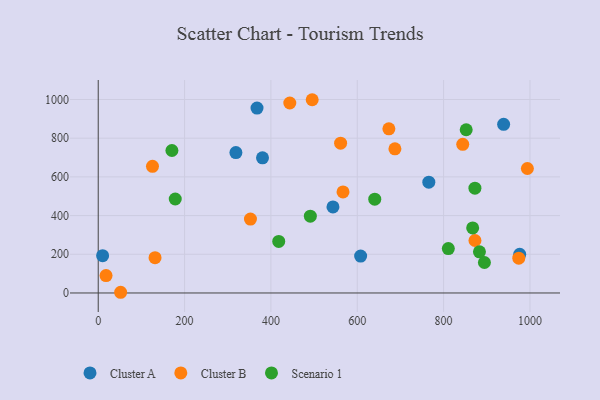
{"axis": {"x": "Investment", "y": "Salary"}, "legend": ["Cluster A", "Cluster B", "Scenario 1"], "data": [{"x": "939.0", "y": 871.9, "type": "Cluster A"}, {"x": "380.5", "y": 698.6, "type": "Cluster A"}, {"x": "367.8", "y": 955.7, "type": "Cluster A"}, {"x": "10.2", "y": 192.9, "type": "Cluster A"}, {"x": "765.7", "y": 572.8, "type": "Cluster A"}, {"x": "318.9", "y": 725.9, "type": "Cluster A"}, {"x": "607.8", "y": 190.6, "type": "Cluster A"}, {"x": "976.2", "y": 199.9, "type": "Cluster A"}, {"x": "543.7", "y": 444.7, "type": "Cluster A"}, {"x": "18.1", "y": 90.1, "type": "Cluster B"}, {"x": "844.3", "y": 768.5, "type": "Cluster B"}, {"x": "994.0", "y": 643.4, "type": "Cluster B"}, {"x": "673.2", "y": 848.4, "type": "Cluster B"}, {"x": "352.6", "y": 382.0, "type": "Cluster B"}, {"x": "125.7", "y": 654.8, "type": "Cluster B"}, {"x": "974.1", "y": 180.0, "type": "Cluster B"}, {"x": "687.2", "y": 744.8, "type": "Cluster B"}, {"x": "51.9", "y": 3.6, "type": "Cluster B"}, {"x": "443.7", "y": 982.0, "type": "Cluster B"}, {"x": "872.6", "y": 271.2, "type": "Cluster B"}, {"x": "567.0", "y": 522.5, "type": "Cluster B"}, {"x": "495.6", "y": 998.8, "type": "Cluster B"}, {"x": "131.6", "y": 182.5, "type": "Cluster B"}, {"x": "561.4", "y": 774.3, "type": "Cluster B"}, {"x": "867.3", "y": 336.1, "type": "Scenario 1"}, {"x": "491.3", "y": 397.1, "type": "Scenario 1"}, {"x": "852.3", "y": 843.5, "type": "Scenario 1"}, {"x": "418.1", "y": 266.4, "type": "Scenario 1"}, {"x": "640.5", "y": 484.9, "type": "Scenario 1"}, {"x": "883.0", "y": 212.8, "type": "Scenario 1"}, {"x": "872.5", "y": 541.8, "type": "Scenario 1"}, {"x": "894.5", "y": 157.6, "type": "Scenario 1"}, {"x": "178.4", "y": 485.8, "type": "Scenario 1"}, {"x": "810.9", "y": 229.7, "type": "Scenario 1"}, {"x": "170.7", "y": 736.4, "type": "Scenario 1"}]}